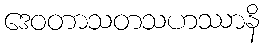
ဒေဝတာသတသဟဿာနိ